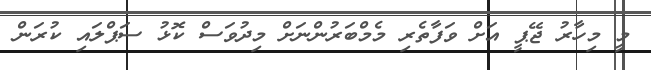
މީ މިހާރު ޖޭޕީ އަށް ވަފާތެރި މެމްބަރުންނަށް މިދުވަސް ކޮޅު ސަޕްލައި ކުރަން